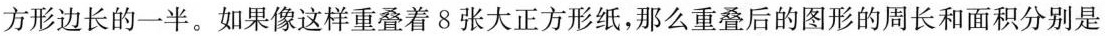
方形边长的一半。如果像这样重叠着8张大正方形纸，那么重叠后的图形的周长和面积分别是